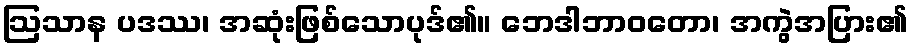
ဩသာန ပဒဿ၊ အဆုံးဖြစ်သောပုဒ်၏။ ဘေဒါဘာဝတော၊ အကွဲအပြား၏